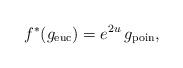
LaTeX: \begin{align*} f^*(g_{\textnormal{euc}}) = e^{2u} \,g_{\textnormal{poin}}, \end{align*}